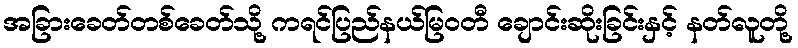
အခြားခေတ်တစ်ခေတ်သို့ ကရင်ပြည်နယ်မြဝတီ ချောင်းဆိုးခြင်းနှင့် နတ်လူတို့